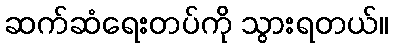
ဆက်ဆံရေးတပ်ကို သွားရတယ်။